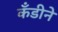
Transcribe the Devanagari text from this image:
कँडीने